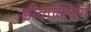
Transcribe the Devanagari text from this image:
डीवाक्सिंग